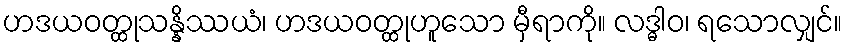
ဟဒယဝတ္ထုသန္နိဿယံ၊ ဟဒယဝတ္ထုဟူသော မှီရာကို။ လဒ္ဓါဝ၊ ရသောလျှင်။